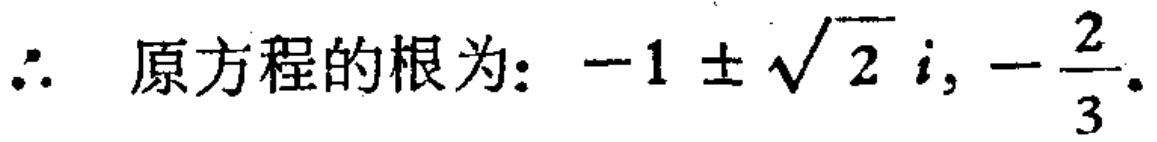
\(\therefore\) 原方程的根为: \(-1\pm\sqrt{2}i, -\frac{2}{3}\)。